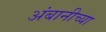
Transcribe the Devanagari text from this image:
अंबानीच्या